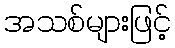
အသစ်များဖြင့်